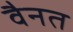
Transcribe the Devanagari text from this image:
वैनत